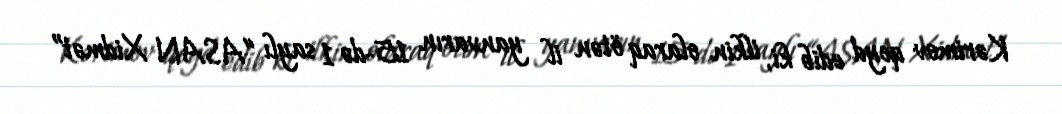
Kərimov qeyd edib ki, ilkin olaraq ötən il yanvarın 15-də 1 saylı “ASAN Xidmət”